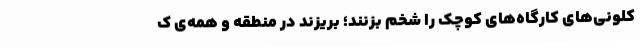
کلونی‌های کارگاه‌های کوچک را شخم بزنند؛ بریزند در منطقه و همه‌ی ک